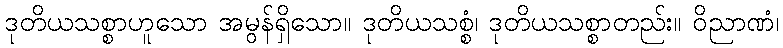
ဒုတိယသစ္စာဟူသော အမွန်ရှိသော။ ဒုတိယသစ္စံ၊ ဒုတိယသစ္စာတည်း။ ဝိညာဏံ၊